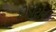
એડીટોન